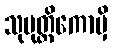
သုမုတ္တိကောမှိ